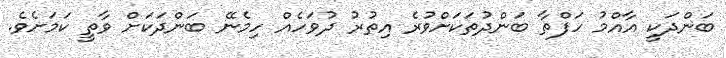
ބަންދަކީ އާއްމު ހަފްތާ ބަންދުތަކަށްވުރެ އިތުރު ދުވަހެއް ހިމެނޭ ބަންދަކަށް ވާތީ ކަމަށެވެ.